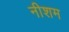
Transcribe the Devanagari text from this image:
नीशम